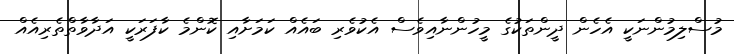
މުސްލިމުންނަކީ އެހެން ދީންތަކުގެ މީހުންނާއިވެސް އެކުވެރި ބައެއް ކަމަށާއި ކޮންމެ ކާފަރަކީ އަދާވާތްތެރިއެއް